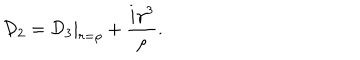
LaTeX: { \cal D } _ { 2 } = { \cal D } _ { 3 } | _ { r = { \rho } } + \frac { i { \gamma } ^ { 3 } } { \rho } .